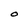
Character: O